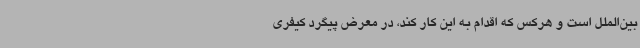
بین‌الملل است و هرکس که اقدام به این کار کند، در معرض پیگرد کیفری